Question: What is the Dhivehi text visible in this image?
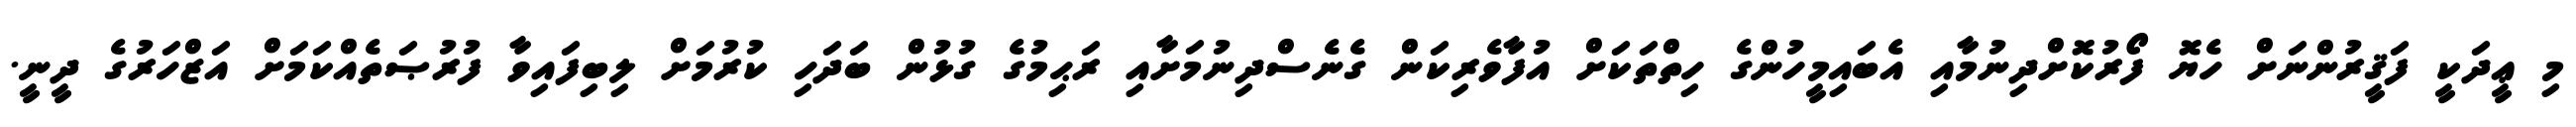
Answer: މި ޢީދަކީ ފަޤީރުންނަށް ހެޔޮ ފޯރުކޮށްދިނުމާއި އެބައިމީހުންގެ ހިތްތަކަށް އުފާވެރިކަން ގެނެސްދިނުމަށާއި ރަޙިމުގެ ގުޅުން ބަދަހި ކުރުމަށް ލިބިފައިވާ ފުރުޞަތެއްކަމަށް އަޒްހަރުގެ ދީނީ.